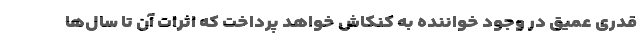
قدری عمیق در وجود خواننده به کنکاش خواهد پرداخت که اثرات آن تا سال‌ها